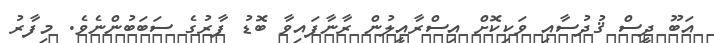
އަބޫ ދީސް ޤުދުސާއި ވަކިކޮށް އިސްރާއީލުން ރާނާފައިވާ ބޮޑު ފާރުގެ ސަބަބުންނެވެ. މިފާރު